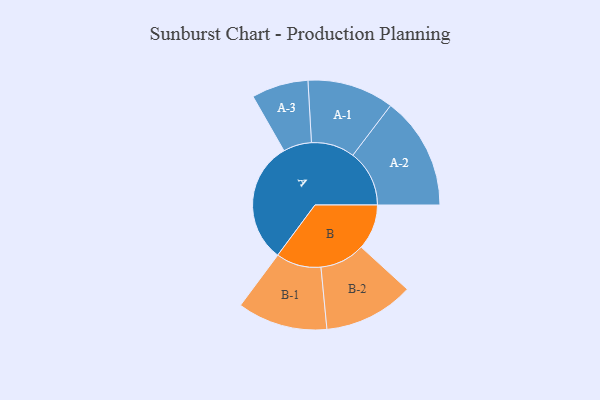
{"axis": {"x": "Segment", "y": "Value"}, "legend": ["", "A", "B"], "data": [{"x": "A", "y": 480, "type": ""}, {"x": "B", "y": 179, "type": ""}, {"x": "A-1", "y": 171, "type": "A"}, {"x": "A-2", "y": 223, "type": "A"}, {"x": "A-3", "y": 112, "type": "A"}, {"x": "B-1", "y": 178, "type": "B"}, {"x": "B-2", "y": 178, "type": "B"}]}